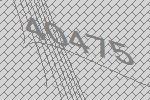
40475